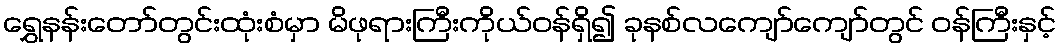
ရွှေနန်းတော်တွင်းထုံးစံမှာ မိဖုရားကြီးကိုယ်ဝန်ရှိ၍ ခုနစ်လကျော်ကျော်တွင် ဝန်ကြီးနှင့်